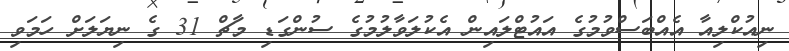
ނިއުކްލިއާ އެއްބަސްވުމުގެ އައުޓްލައިން އެކުލަވާލުުމުގެ ސުންގަޑި މާޗް 31 ގެ ނިޔަަލަށް ހަމަވި